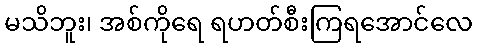
မသိဘူး၊ အစ်ကိုရေ ရဟတ်စီးကြရအောင်လေ